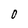
Character: 0